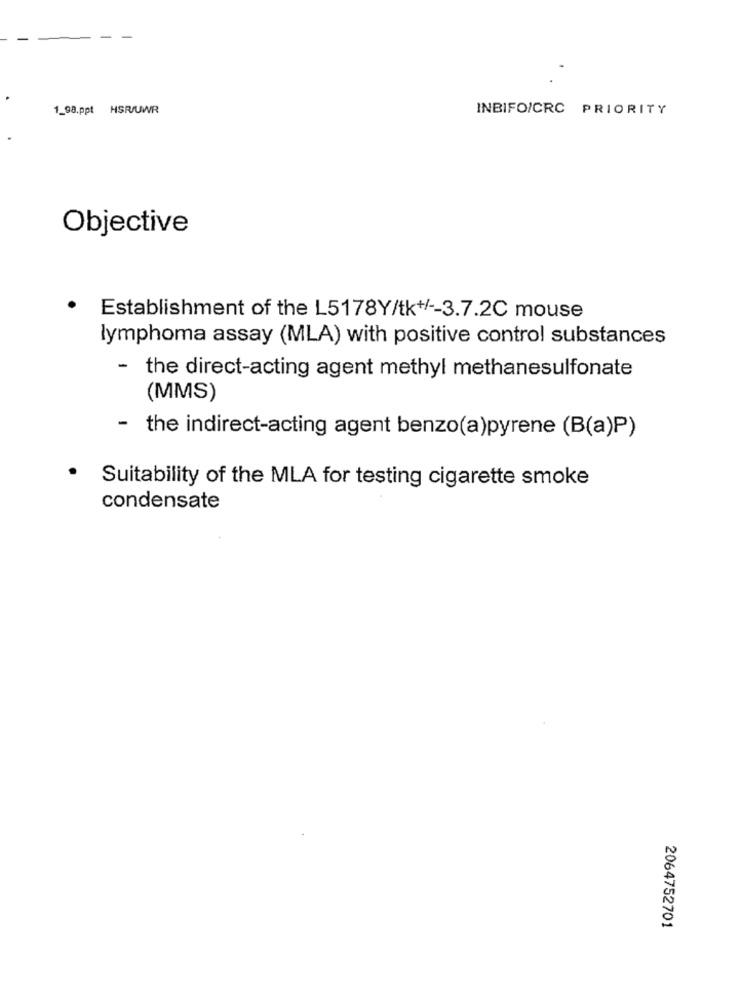
1_98.ppt HSR/UWR
INBIFO/CRC PRIORITY
Objective
.
Establishment of the L5178Y/tk+/ -- 3.7.2C mouse
lymphoma assay (MLA) with positive control substances
- the direct-acting agent methyl methanesulfonate
(MMS)
- the indirect-acting agent benzo(a)pyrene (B(a)P)
Suitability of the MLA for testing cigarette smoke
condensate
2064752701